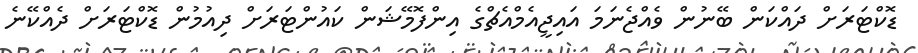
ޑޮކްޓަރަށް ދައްކަން ބޭނުން ވެއްޖެނަމަ އައިޖީއެމްއެޗްގެ އިންފޮމޭޝަން ކައުންޓަރަށް ދިއުމުން ޑޮކްޓަރަށް ދެއްކޭނެ